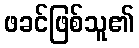
ဖခင်ဖြစ်သူ၏